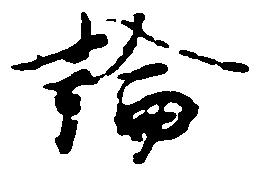
論